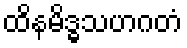
ထိနမိဒ္ဓသဟဂတံ